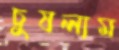
চুষলাম